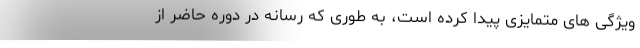
ویژگی های متمایزی پیدا کرده است، به طوری که رسانه‌ در دوره حاضر از